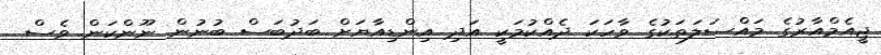
ޖީއެމްއާރުގެ މައްސަލަތަކުގެ ވާހަކަ ދެއްކުމަކީ އަދި އިންޑިއާޔަށް ބަދުބަސް ބުނުން ނޫންކަން ވެސް